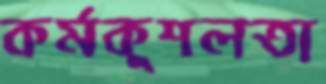
কর্মকুশলতা